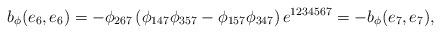
LaTeX: \begin{align*}b_\phi(e_6,e_6) = -\phi_{267}\left(\phi_{147}\phi_{357}-\phi_{157}\phi_{347} \right) e^{1234567} = -b_\phi(e_7,e_7),\end{align*}